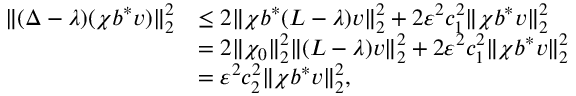
\begin{array} { r l } { \| ( \Delta - \lambda ) ( \chi b ^ { * } v ) \| _ { 2 } ^ { 2 } } & { \le 2 \| \chi b ^ { * } ( L - \lambda ) v \| _ { 2 } ^ { 2 } + 2 \varepsilon ^ { 2 } c _ { 1 } ^ { 2 } \| \chi b ^ { * } v \| _ { 2 } ^ { 2 } } \\ & { = 2 \| \chi _ { 0 } \| _ { 2 } ^ { 2 } \| ( L - \lambda ) v \| _ { 2 } ^ { 2 } + 2 \varepsilon ^ { 2 } c _ { 1 } ^ { 2 } \| \chi b ^ { * } v \| _ { 2 } ^ { 2 } } \\ & { = \varepsilon ^ { 2 } c _ { 2 } ^ { 2 } \| \chi b ^ { * } v \| _ { 2 } ^ { 2 } , } \end{array}